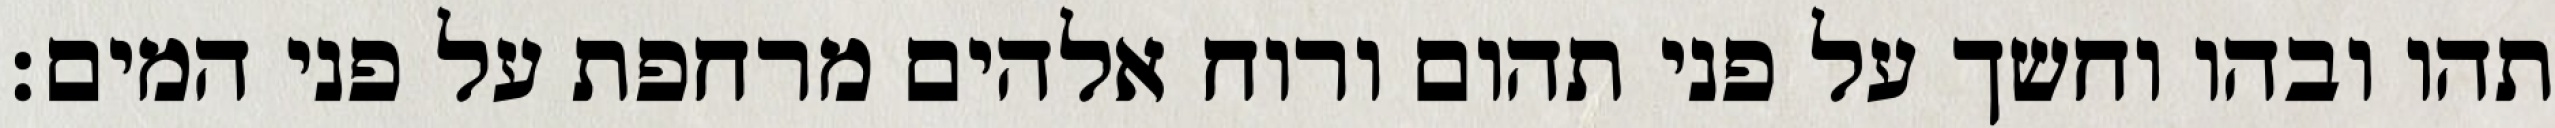
תהו ובהו וחשך על פני תהום ורוח אלהים מרחפת על פני המים׃